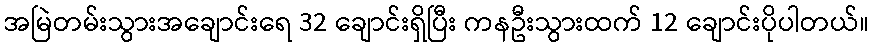
အမြဲတမ်းသွားအချောင်းရေ 32 ချောင်းရှိပြီး ကနဦးသွားထက် 12 ချောင်းပိုပါတယ်။